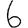
Digit: 6